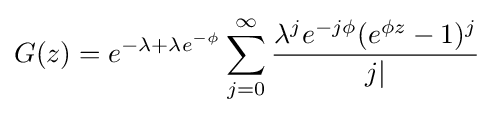
G(z)=e^{-\lambda +\lambda e^{-\phi }}\sum _{j=0}^{\infty }{\frac {\lambda ^{j}e^{-j\phi }(e^{\phi z}-1)^{j}}{j|}}